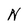
Character: N